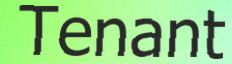
Tenant